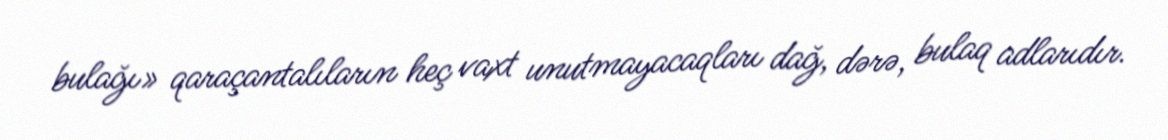
bulağı» qaraçantalıların heç vaxt unutmayacaqları dağ, dərə, bulaq adlarıdır.